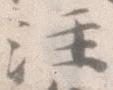
注